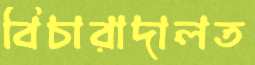
বিচারাদালত